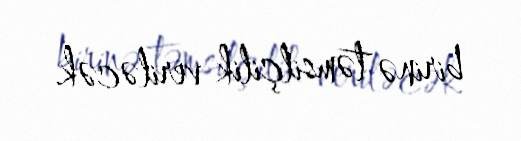
birinə təmsilçilik veriləcək.